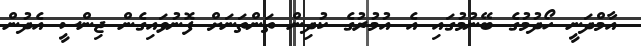
އާމްދަނީ ހޯދުމުގެ ބޭނުމުގައި އެ އުމުރުގެ ކުދިން ތަންތަނަށް ފޮނުވައިގެން ޖިންސީ އެދުން